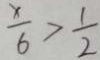
\frac { x } { 6 } > \frac { 1 } { 2 }